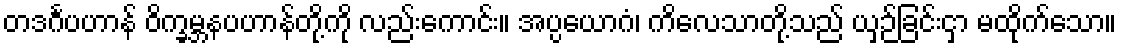
တဒင်္ဂပဟာန် ဝိက္ခမ္ဘနပဟာန်တို့ကို လည်းကောင်း။ အပ္ပယောဂံ၊ ကိလေသာတို့သည် ယှဉ်ခြင်းငှာ မထိုက်သော။